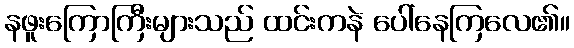
နဖူးကြောကြီးများသည် ထင်းကနဲ ပေါ်နေကြလေ၏။